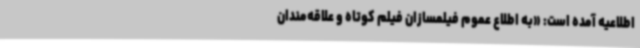
اطلاعیه آمده است: «به اطلاع عموم فیلمسازان فیلم کوتاه و علاقه‌مندان